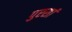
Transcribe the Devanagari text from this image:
पुरसां